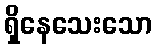
ရှိနေသေးသော